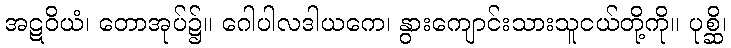
အဋဝိယံ၊ တောအုပ်၌။ ဂေါပါလဒါယကေ၊ နွားကျောင်းသားသူငယ်တို့ကို။ ပုစ္ဆိ၊